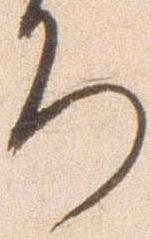
ち